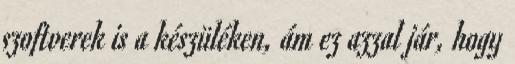
szoftverek is a készüléken, ám ez azzal jár, hogy